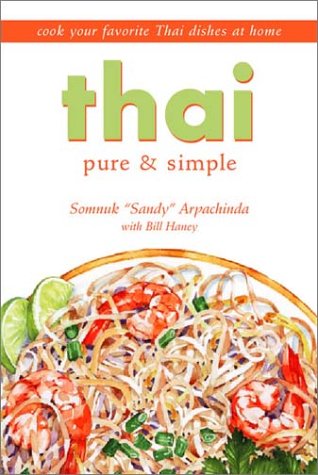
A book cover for Thai Pure & Simple; Somnuk Arpachinda; Cookbooks, Food & Wine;